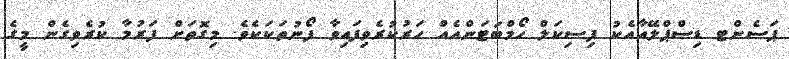
ޕަސެންޓ ޑިސްޕްލޭއާއެކު ފިސިކަލް ހޯމްބަޓަންއެއް ހަރުކުރެވިފައިވާ ފޯނުތަކަކެވެ. މިގޮތަށް ފަރުމާ ކުރެވިގެން މީގެ